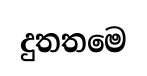
දුතතමෙ